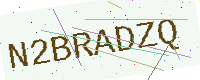
Text: N2BRADZQ